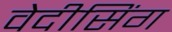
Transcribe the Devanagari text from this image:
वेदीसिंग